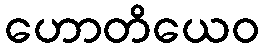
ဟောတိယေဝ